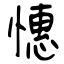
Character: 憓